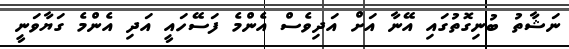
ނަޝާތު ބުނިގޮތުގައި އޭނާ އަށް އަދިވެސް އެންމެ ފަސޭހައީ އަދި އެންމެ ގަޔާވަނީ